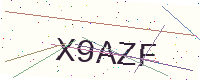
Text: X9AZF